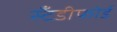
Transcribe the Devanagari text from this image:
स्टँडीफोर्ड